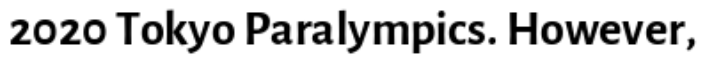
2020 Tokyo Paralympics. However,